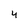
Character: 4